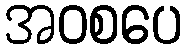
အဝစပေ